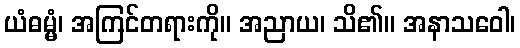
ယံဓမ္မံ၊ အကြင်တရားကို။ အညာယ၊ သိ၏။ အနာသဝေါ၊